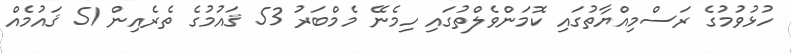
ހުޅުވުމުގެ ރަސްމިއްޔާތުގައި ކޮމަންވެލްތުގައި ހިމެނޭ މެމްބަރު 53 ޤައުމުގެ ތެރެއިން 51 ޤައުމެއް